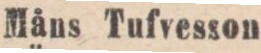
Måns Tufvesson.